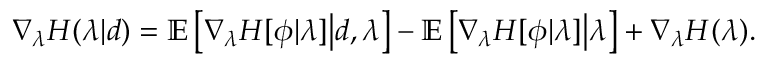
\nabla _ { \lambda } H ( \lambda | d ) = \mathbb { E } \left[ \nabla _ { \lambda } H [ \phi | \lambda ] \middle | d , \lambda \right] - \mathbb { E } \left[ \nabla _ { \lambda } H [ \phi | \lambda ] \middle | \lambda \right] + \nabla _ { \lambda } H ( \lambda ) .